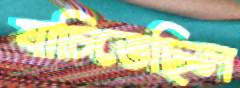
যাচিতেছিল